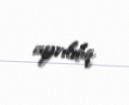
ayrıldıq.